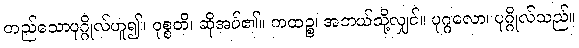
တည်သောပုဂ္ဂိုလ်ဟူ၍။ ဝုစ္စတိ၊ ဆိုအပ်၏။ ကထဉ္စ၊ အဘယ်သို့လျှင်။ ပုဂ္ဂလော၊ ပုဂ္ဂိုလ်သည်။